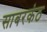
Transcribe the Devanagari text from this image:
साबरकंठ